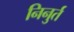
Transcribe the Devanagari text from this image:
निनुर्त